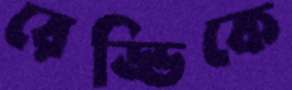
রেড্ডিকে